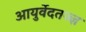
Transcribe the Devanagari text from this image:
आयुर्वेदतज्ज्ञ